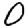
Digit: 0